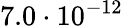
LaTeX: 7.0\cdot 10^{-12}